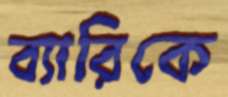
ব্যারিকে